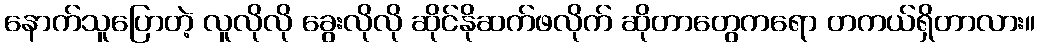
နောက်သူပြောတဲ့ လူလိုလို ခွေးလိုလို ဆိုင်နိုဆက်ဖလိုက် ဆိုတာတွေကရော တကယ်ရှိတာလား။